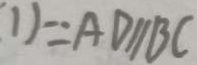
1 ) \because A D / / B C